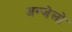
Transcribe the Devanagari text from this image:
अन्जेलो